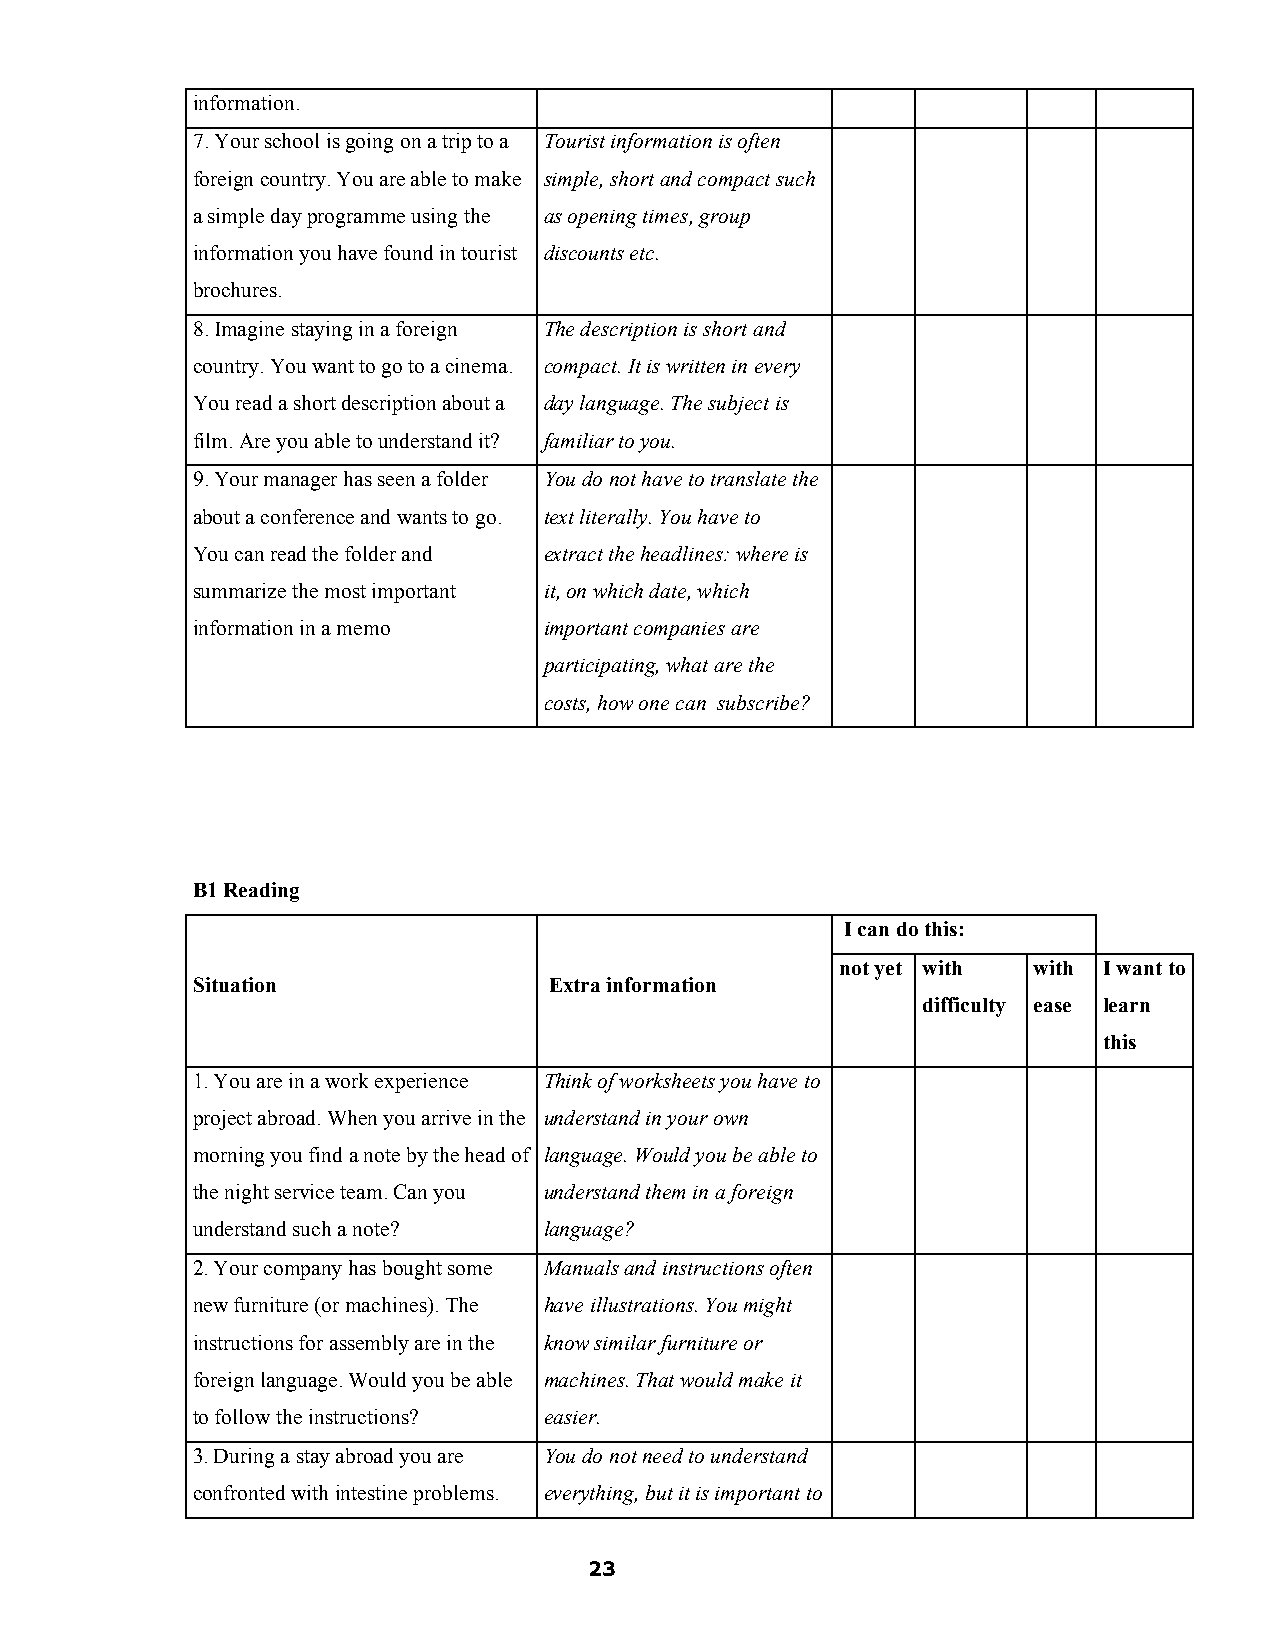
information.
 7. Your school is going on a trip to a Tourist information is often
 foreign country. You are able to make simple, short and compact such
 a simple day programme using the as opening times, group
 information you have found in tourist discounts etc.
 brochures.
 8. Imagine staying in a foreign The description is short and
 country. You want to go to a cinema. compact. It is written in every
 You read a short description about a day language. The subject is
 film. Are you able to understand it? familiar to you.
 9. Your manager has seen a folder You do not have to translate the
 about a conference and wants to go. text literally. You have to
 You can read the folder and extract the headlines: where is
 summarize the most important it, on which date, which
 information in a memo  important companies are
 participating, what are the
 costs, how one can subscribe?
 B1 Reading
 I can do this:
 not yet with with I want to
 Situation              Extra information
 difficulty ease learn
 this
 1. You are in a work experience Think of worksheets you have to
 project abroad. When you arrive in the understand in your own
 morning you find a note by the head of language. Would you be able to
 the night service team. Can you understand them in a foreign
 understand such a note? language?
 2. Your company has bought some Manuals and instructions often
 new furniture (or machines). The have illustrations. You might
 instructions for assembly are in the know similar furniture or
 foreign language. Would you be able machines. That would make it
 to follow the instructions? easier.
 3. During a stay abroad you are You do not need to understand
 confronted with intestine problems. everything, but it is important to
 23